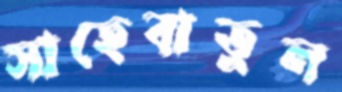
সাহেবাতুল